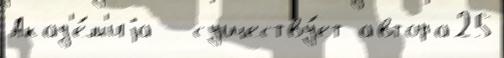
Акад'е́м'иjа - существу́ет автора25